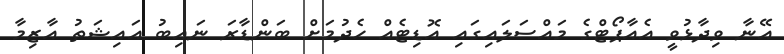
އޭނާ ވިދާޅުވީ އެއާޕޯޓްގެ މައްސަލައިގައި އޮޑިޓެއް ހެދުމަށް ބަންޑާރަ ނައިބު އައިޝަތު އާޒިމާ